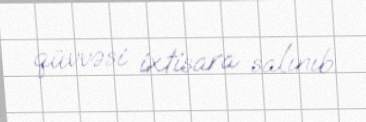
qüvvəsi ixtisara salınıb.